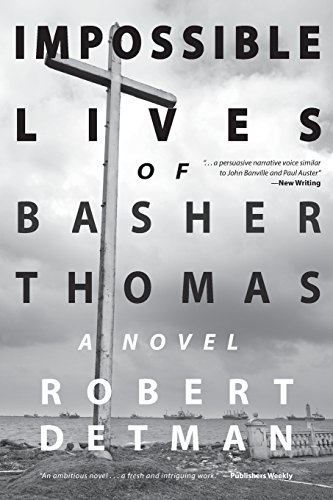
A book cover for Impossible Lives of Basher Thomas; Robert M Detman; Literature & Fiction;